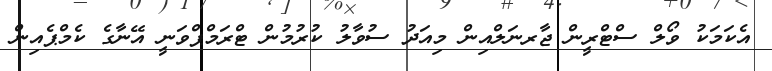
އެކަމަކު ވޯލް ސްޓްރީން ޖާރނަލްއިން މިއަދު ސުވާލު ކުރުމުން ޓްރަމްޕްވަނީ އޭނާގެ ކެމްޕެއިން